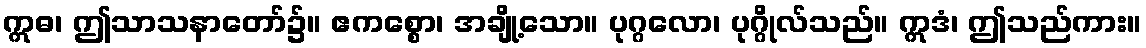
ဣဓ၊ ဤသာသနာတော်၌။ ဧကစ္စော၊ အချို့သော။ ပုဂ္ဂလော၊ ပုဂ္ဂိုလ်သည်။ ဣဒံ၊ ဤသည်ကား။